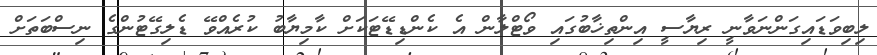
ލިބިވަޑައިގަންނަވާނީ ރިޔާސީ އިންތިޚާބުގައި ވޯޓްލާން އެ ކެންޑިޑޭޓަކަށް ކާމިޔާބު ކުރެއްވޭ ޑެލިގޭޓުންގެ ނިސްބަތަށް